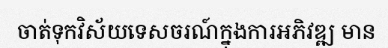
ចាត់ទុកវិស័យទេសចរណ៍ក្នុងការអភិវឌ្ឍ មាន